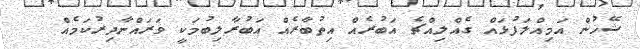
ޝޭޚުން އަމިއްލަފުޅައް ގެއްލިއްޗެ އަބުރެއް އިތުބާރެއް އަބުރާލިބުމަކީ ވަރައްނާދިރުކަމެއް